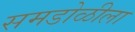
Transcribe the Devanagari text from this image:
समडोळीला